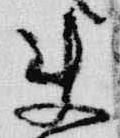
来